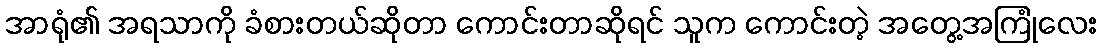
အာရုံ၏ အရသာကို ခံစားတယ်ဆိုတာ ကောင်းတာဆိုရင် သူက ကောင်းတဲ့ အတွေ့အကြုံလေး